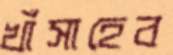
খাঁসাহেব